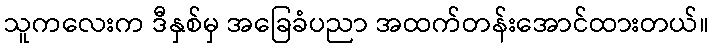
သူကလေးက ဒီနှစ်မှ အခြေခံပညာ အထက်တန်းအောင်ထားတယ်။